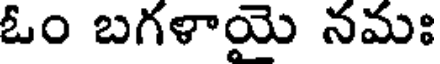
ఓం బగళాయై నమః